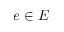
e \in E